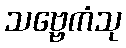
သဗ္ဗေကံသု